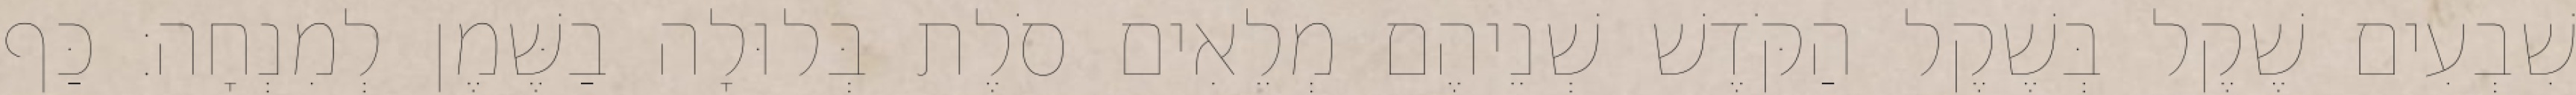
שִׁבְעִים שֶׁקֶל בְּשֶׁקֶל הַקֹּדֶשׁ שְׁנֵיהֶם מְלֵאִים סֹלֶת בְּלוּלָה בַשֶּׁמֶן לְמִנְחָה׃ כַּף